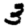
Digit: 3